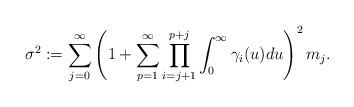
LaTeX: \begin{align*}\sigma^{2}:=\sum_{j=0}^{\infty}\left(1+\sum_{p=1}^{\infty}\prod_{i=j+1}^{p+j}\int_{0}^{\infty}\gamma_{i}(u)du\right)^{2}m_{j}.\end{align*}